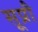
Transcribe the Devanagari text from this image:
सूप्रौ